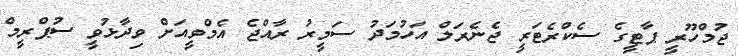
ޖުމްހޫރީ ޕާޓީގެ ސެކްރެޓަރީ ޖެނެރަލް އަހުމަދު ސަމީރު ރާއްޖެ އެމްވީއަށް ވިދާޅުވީ ސުޕްރީމް